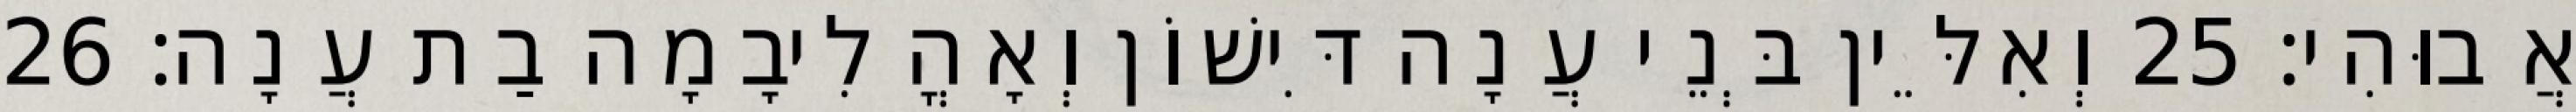
אֲבוּהִי׃ 25 וְאִלֵּין בְּנֵי עֲנָה דִּישׁוֹן וְאָהֳלִיבָמָה בַת עֲנָה׃ 26